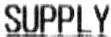
SUPPLY